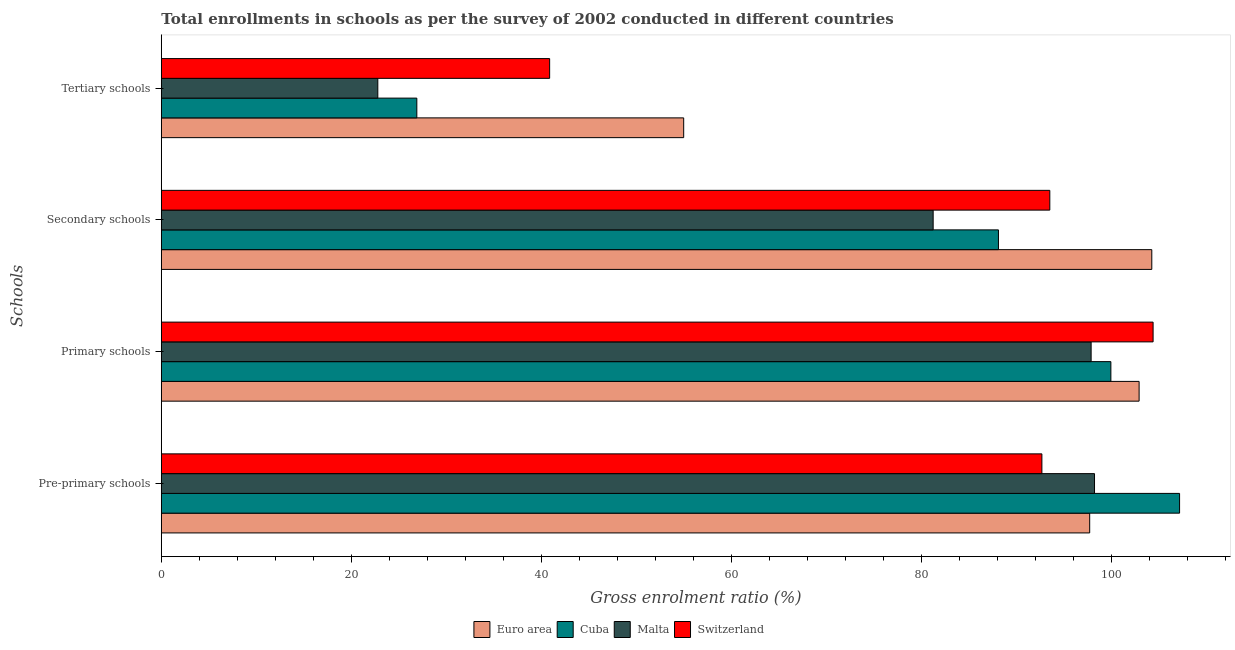
| Schools | Euro area | Cuba | Malta | Switzerland |
 | --- | --- | --- | --- | --- |
 | Pre-primary schools | 97.7 | 107 | 98.2 | 92.6 |
 | Primary schools | 103 | 99.9 | 97.8 | 104 |
 | Secondary schools | 104 | 88.1 | 81.2 | 93.5 |
 | Tertiary schools | 55 | 26.9 | 22.8 | 40.9 |